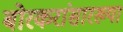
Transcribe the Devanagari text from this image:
बोरकरांसारख्या